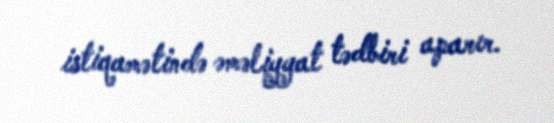
istiqamətində əməliyyat tədbiri aparır.